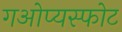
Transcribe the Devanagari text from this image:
गओप्यस्फोट